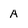
Character: A